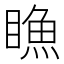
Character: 䁩